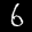
Label: 6